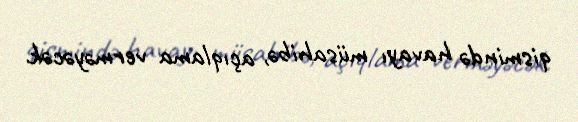
qismində havayı müsahibə, açıqlama verməyəcək.